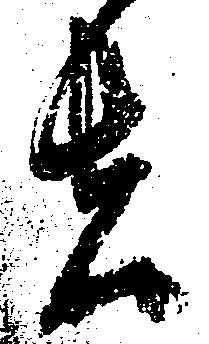
者